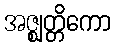
အဇ္ဈတ္တိကော